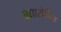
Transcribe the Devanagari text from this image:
अद्यारोपित